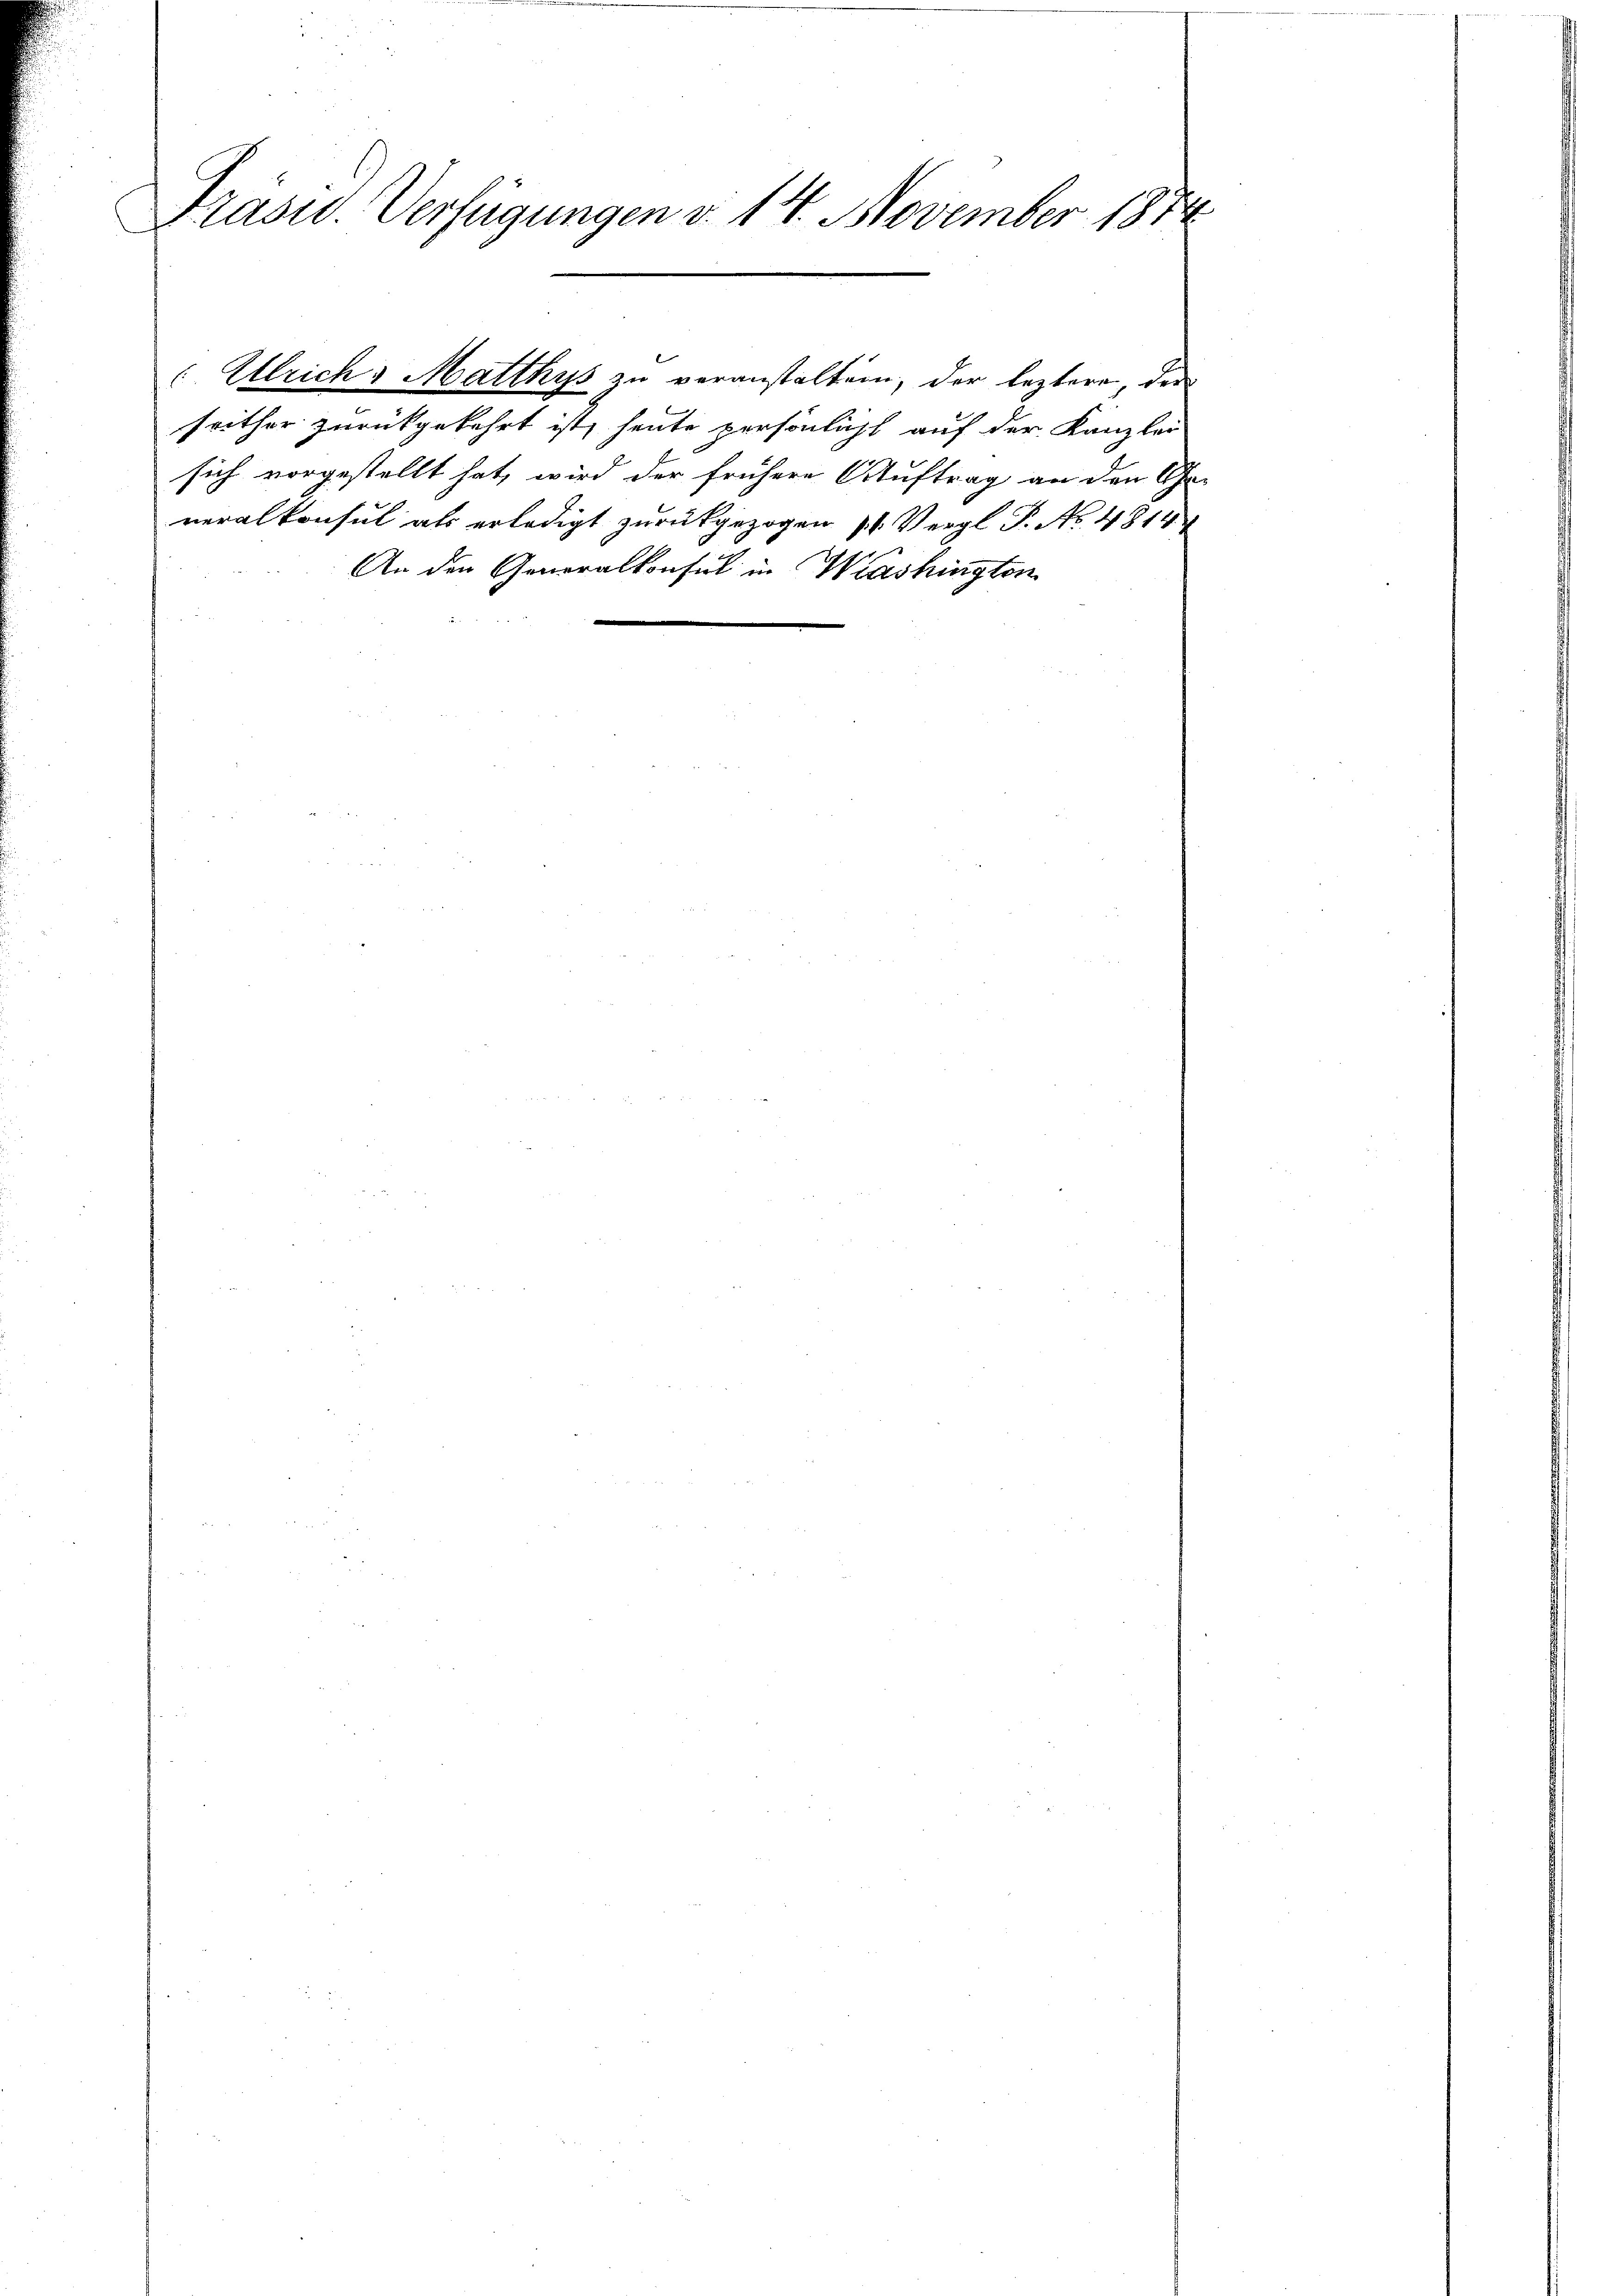
Präsid. Verfügungen v. 14. November 1812.

Ulrich: Matthys zu veranstalten, der leztere, den
seither zurückgekehrt ist, heute persönlicht auf der Kanzlei
sich vorgestellt hat, wird der frühere Auftrag an den Ge-
neralkonsul als erledigt zurückgezogen 11. Vergl. P. No. 4814
An den Generalkonsul in Washingten